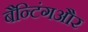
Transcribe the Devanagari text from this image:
बैन्टिंगऔर